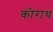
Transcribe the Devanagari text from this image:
कोराथ